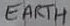
Text: EARTH